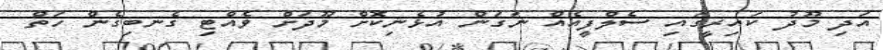
އަދި މޫދު ކައިރީގައި ސެލްފީއެއް ނަގަން އުޅެނިކޮށް މޫދަށް ވެއްޓި ގެނބިގެން ހަތް